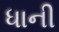
ધાની